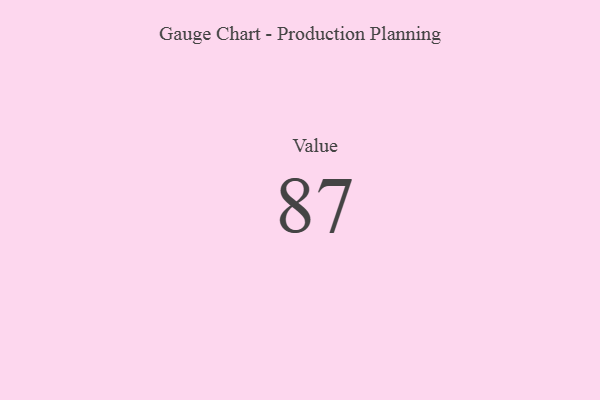
{"axis": {"x": "Metric", "y": "Value"}, "legend": [""], "data": [{"x": "Value", "y": 87, "type": ""}]}